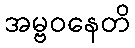
အမ္ဗဝနေတိ